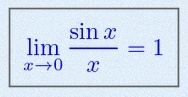
\lim_{x\to0}\frac{\sin x}{x}=1